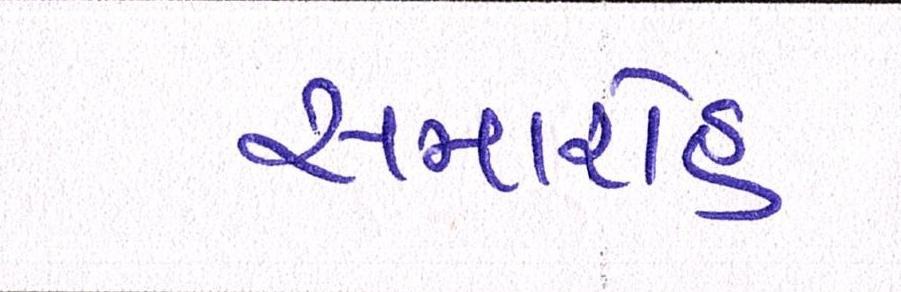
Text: સમારોહ